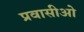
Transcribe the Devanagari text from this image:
प्रवासीओ